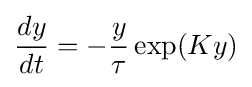
{\frac {dy}{dt}}=-{\frac {y}{\tau }}\exp(Ky)